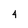
Character: 4